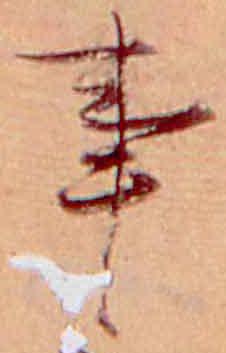
事